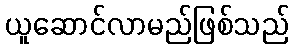
ယူဆောင်လာမည်ဖြစ်သည်